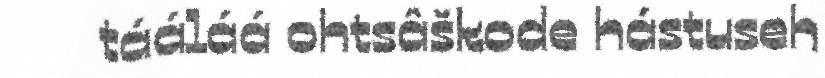
tááláá ohtsâškode hástuseh